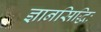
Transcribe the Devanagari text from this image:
ज्ञानसिद्धिः